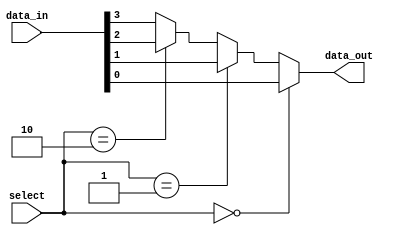
module mux_4x1(
    data_in,
    select,
    data_out
);
//declare inputs and outputs
input [3:0] data_in; //4 bit
input [1:0] select; // 2 bit
output data_out;
//declare port datatype
wire [3:0] data_in;
wire [1:0] select;
wire data_out;
//logic
assign data_out = (select==2'b00)?data_in[0]:(select==2'b01)?data_in[1]:(select==2'b10)?data_in[2]:data_in[3];
endmodule

module mux_16x1(
    data_in,
    select,
    data_out
);
//declare inputs and outputs
input [15:0] data_in;
input [3:0] select;
output data_out;
//declare portdata type
wire [15:0] data_in;
wire [3:0] select;
wire data_out;
//extra wires for intermediate connections
wire [3:0] data_out_intermediate;
//logic using mux_4x1 module
//mux-1 to select using select[0:1] for data_in[0:3] 
mux_4x1 u0(
    .data_in(data_in[3:0]),
    .select(select[1:0]),
    .data_out(data_out_intermediate[0])
);
//mux-2 to select using select[0:1] for data_in[4:7] 
mux_4x1 u1(
    .data_in(data_in[7:4]),
    .select(select[1:0]),
    .data_out(data_out_intermediate[1])
);
//mux-3 to select using select[0:1] for data_in[8:11] 
mux_4x1 u2(
    .data_in(data_in[11:8]),
    .select(select[1:0]),
    .data_out(data_out_intermediate[2])
);
//mux to select using select[0:1] for data_in[12:15] 
mux_4x1 u3(
    .data_in(data_in[15:12]),
    .select(select[1:0]),
    .data_out(data_out_intermediate[3])
);
//mux to select using select[2:3] for {data_in_3, data_in_2, data_in_1, data_in_0} 
mux_4x1 u4(
    .data_in(data_out_intermediate),
    .select(select[3:2]),
    .data_out(data_out)
);
endmodule